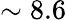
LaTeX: \sim 8.6